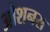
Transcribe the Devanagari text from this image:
औशनस